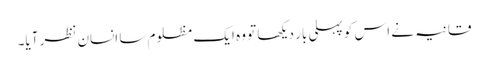
قانیہ نے اس کو پہلی بار دیکھا تو وہ ایک مظلوم سا انسان نظر آیا۔